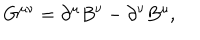
LaTeX: G ^ { \mu \nu } = \partial ^ { \mu } B ^ { \nu } - \partial ^ { \nu } B ^ { \mu } ,